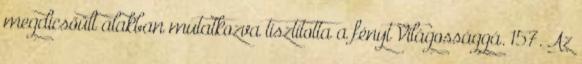
megdicsőült alakban mutatkozva tisztította a fényt Világossággá. 157. Az